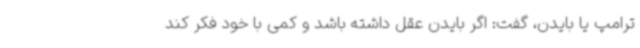
ترامپ یا بایدن، گفت: اگر بایدن عقل داشته باشد و کمی با خود فکر کند